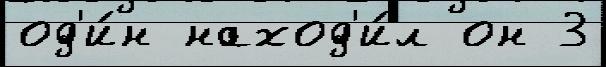
од'и́н наход'и́л он 3